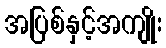
အပြစ်နှင့်အကျိုး